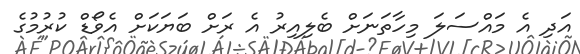
އަދި އެ މައްސަލަ މިހާތަނަށް ބެލިއިރު އެ ރަށް ބަޔަކަށް އެވޯޑް ކުރުމުގެ